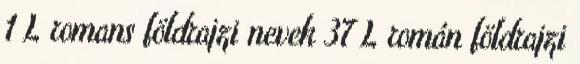
1 L romans földrajzi nevek‎ 37 L román földrajzi